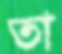
তা